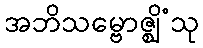
အဘိသမ္ဗောဇ္ဈိံသု